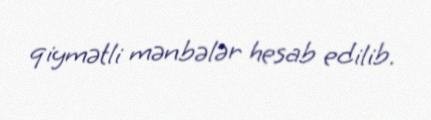
qiymətli mənbələr hesab edilib.